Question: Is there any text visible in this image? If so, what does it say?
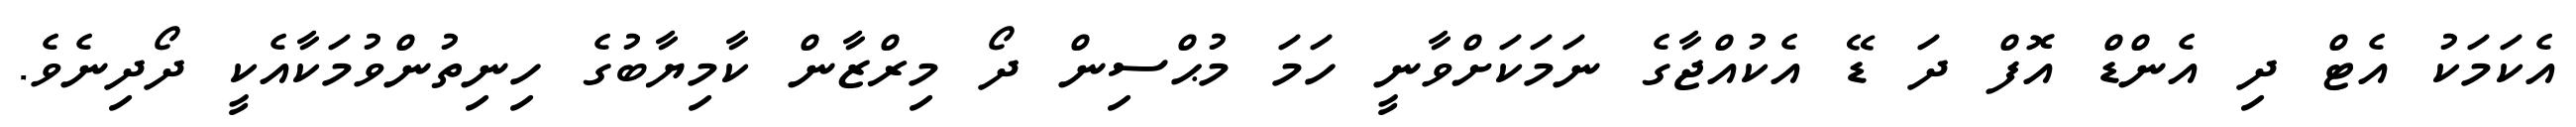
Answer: އެކަމަކު އެޓް ދި އެންޑް އޮފް ދަ ޑޭ އެކުއްޖާގެ ނަމަކަށްވާނީ ހަމަ މުޙްސިން ދޯ މިރްޒާން ކާމިޔާބުގެ ހިނިތުންވުމަކާއެކީ ދޯދިނެވެ.